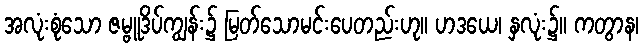
အလုံးစုံသော ဇမ္ဗူဒိပ်ကျွန်း၌ မြတ်သောမင်းပေတည်းဟု။ ဟဒယေ၊ နှလုံး၌။ ကတွာန၊